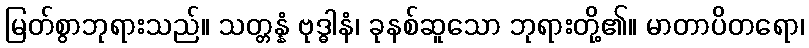
မြတ်စွာဘုရားသည်။ သတ္တန္နံ ဗုဒ္ဓါနံ၊ ခုနစ်ဆူသော ဘုရားတို့၏။ မာတာပိတရော၊